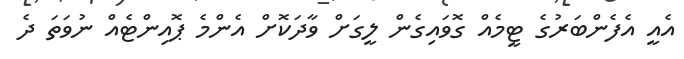
އެއީ އެފެންބަރުގެ ޓީމެއް ގޮވައިގެން ލީގަށް ވާދަކޮށް އެންމެ ޕޮއިންޓެއް ނުވަތަ ދެ